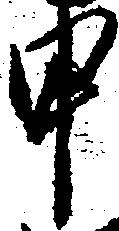
申